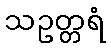
သဥတ္တရံ